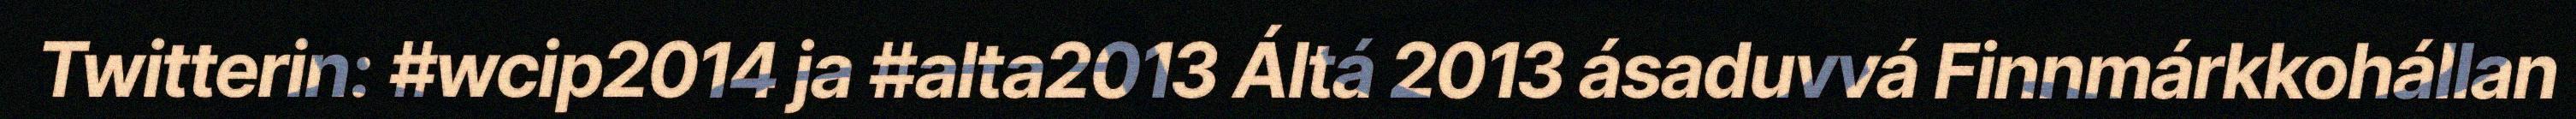
Twitterin: #wcip2014 ja #alta2013 Áltá 2013 ásaduvvá Finnmárkkohállan